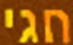
חגי